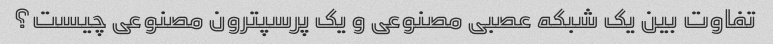
تفاوت بین یک شبکه عصبی مصنوعی و یک پرسپترون مصنوعی چیست؟